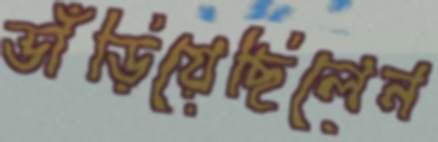
ভাঁড়িয়েছিলেন